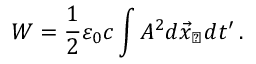
W = \frac { 1 } { 2 } \varepsilon _ { 0 } c \int A ^ { 2 } d \vec { x } _ { \perp } d t ^ { \prime } \, .